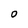
Character: o